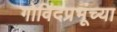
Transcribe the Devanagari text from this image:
गोविंदप्रभूंच्या